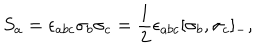
LaTeX: S _ { a } = \epsilon _ { a b c } \sigma _ { b } \sigma _ { c } = \frac { 1 } { 2 } \epsilon _ { a b c } [ \sigma _ { b } , \sigma _ { c } ] _ { - } ,